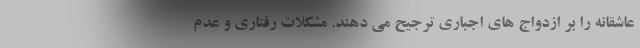
عاشقانه را بر ازدواج های اجباری ترجیح می دهند. مشکلات رفتاری و عدم